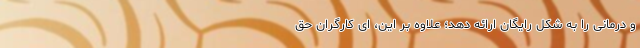
و درمانی را به شکل رایگان ارائه دهد؛ علاوه بر این، ای کارگران حق